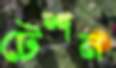
টেশন